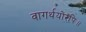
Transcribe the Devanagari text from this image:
वागर्थयोरपि॥